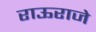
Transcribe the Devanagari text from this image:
राऊराजे